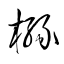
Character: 櫞